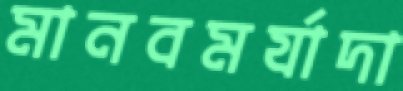
মানবমর্যাদা